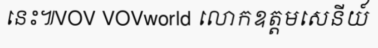
នេះ៕VOV VOVworld លោកឧត្តមសេនីយ៍